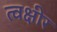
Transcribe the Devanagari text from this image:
त्वक्षीर